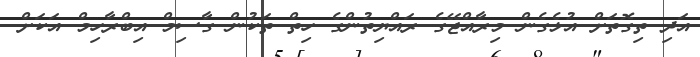
އަދި ތިގޮތަށް އުޅެގެން މިރާއްޖޭގެ ރައްޔިތުންގެ ހިތް ތަކުން ގާސިމް އިބްރާހިމް އަކަށް